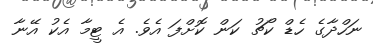
ނަހްދާގެ ހެޑް ކޯޗު ކަން ކޮށްފަ އެވެ. އެ ޓީމާ އެކު އޭނާ